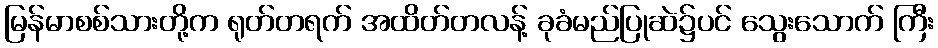
မြန်မာစစ်သားတို့က ရုတ်တရက် အထိတ်တလန့် ခုခံမည်ပြုဆဲ၌ပင် သွေးသောက် ကြီး